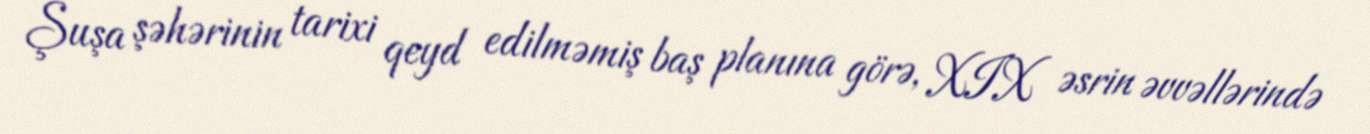
Şuşa şəhərinin tarixi qeyd edilməmiş baş planına görə, XIX əsrin əvvəllərində